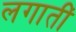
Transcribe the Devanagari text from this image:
लगातीं